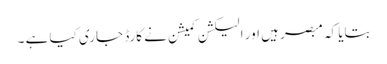
بتایا کہ مبصر ہیں اور الیکشن کمیشن نے کارڈ جاری کیا ہے ۔